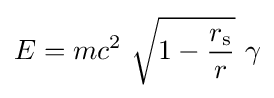
E=mc^{2}\ {\sqrt {1-{\frac {r_{\text{s}}}{r}}}}\ \gamma